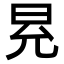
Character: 𭥠